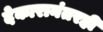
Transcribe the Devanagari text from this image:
देकारानंतरही